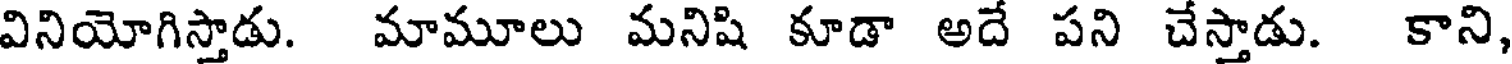
వినియోగిస్తాడు. మామూలు మనిషి కూడా అదే పని చేస్తాడు. కాని,